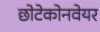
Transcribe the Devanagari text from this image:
छोटेकोनवेयर